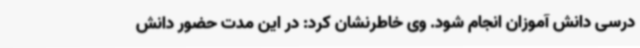
درسی دانش آموزان انجام شود. وی خاطرنشان کرد: در این مدت حضور دانش